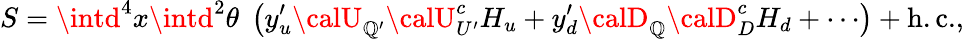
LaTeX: S=\intd^{4}x\intd^{2}\theta\; \left(y_{u}^{\prime}{\calU}_{\mathbb{Q}^{\prime}}{\calU}_{U^{\prime}}^{c}H_{u}+y_{d}^{\prime}{\calD}_{\mathbb{Q}}{\calD}_{D}^{c}H_{d}+\cdots\right)+\mathrm{{h.c.}},